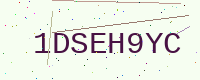
Text: 1DSEH9YC